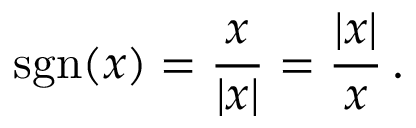
\operatorname { s g n } ( x ) = { \frac { x } { | x | } } = { \frac { | x | } { x } } \, .